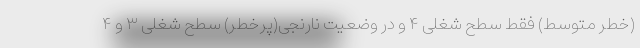
(خطر متوسط) فقط سطح شغلی ۴ و در وضعیت نارنجی(پرخطر) سطح شغلی ۳ و ۴